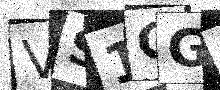
Text: VS1CGA